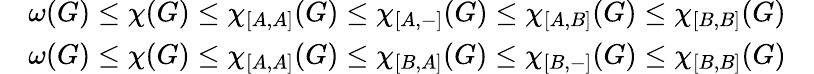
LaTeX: \begin{array}{rlr}&{\omega(G)\le\chi(G)\le\chi_{[A,A]}(G)\le\chi_{[A,-]}(G)\le\chi_{[A,B]}(G)\le\chi_{[B,B]}(G)}&\\ &{\omega(G)\le\chi(G)\le\chi_{[A,A]}(G)\le\chi_{[B,A]}(G)\le\chi_{[B,-]}(G)\le\chi_{[B,B]}(G)}&\end{array}